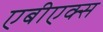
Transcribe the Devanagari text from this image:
एबीएक्स